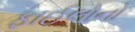
ફાઈલોનો